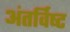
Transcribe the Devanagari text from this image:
अंतर्विष्‍ट